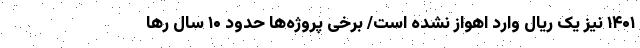
۱۴۰۱ نیز یک ریال وارد اهواز نشده است/ برخی پروژه‌ها حدود ۱۰ سال رها